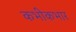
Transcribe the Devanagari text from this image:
कभीकभार